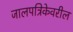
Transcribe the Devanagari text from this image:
जालपत्रिकेवरील